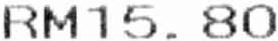
RM15.80